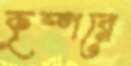
কৃষ্ণরে